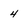
Character: 4